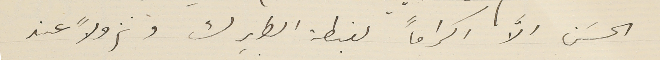
الحسَن الاّ اكراماً لغبطة الطريرك ونزولاً عند